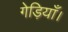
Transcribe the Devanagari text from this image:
गेड़ियाँ।